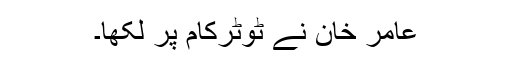
عامر خان نے ٹوٹرکام پر لکھا۔